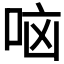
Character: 𫩷